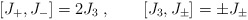
\begin{align*}\lbrack J_{+},J_{-}]=2J_{3}\;,\quad \quad \lbrack J_{3},J_{\pm }]=\pm J_{\pm}\; \end{align*}